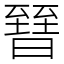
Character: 㬜